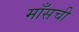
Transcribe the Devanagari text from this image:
माँसची